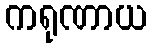
ကရုဏာယ